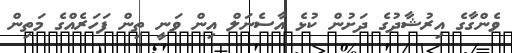
ވެންގާގެ އިރުޝާދުގެ ދަށުން ކުޅެ އާސެނަލް އިން ވަނީ ތިން ފަހަރެއްގެ މަތިން